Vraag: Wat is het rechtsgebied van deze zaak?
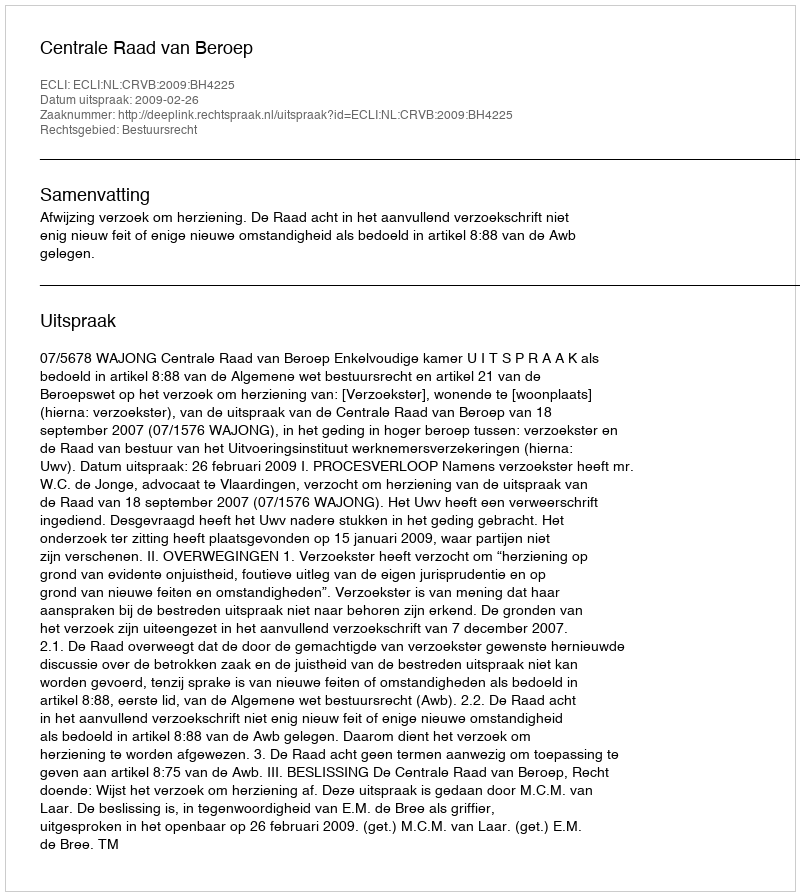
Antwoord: Bestuursrecht